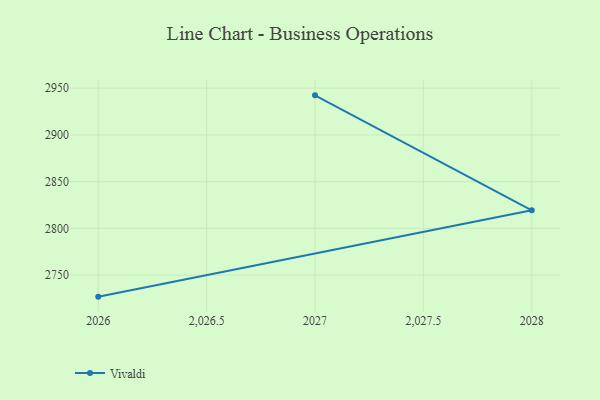
{"axis": {"x": "Year", "y": "Tickets Resolved"}, "legend": ["Vivaldi"], "data": [{"x": "2026", "y": 2727.0, "type": "Vivaldi"}, {"x": "2028", "y": 2819.4, "type": "Vivaldi"}, {"x": "2027", "y": 2942.3, "type": "Vivaldi"}]}